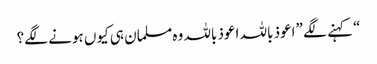
“ کہنے لگے ”اعوذ باللہ اعوذ باللہ وہ مسلمان ہی کیوں ہونے لگے؟